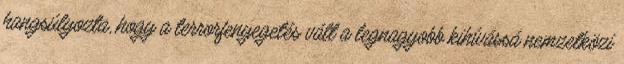
hangsúlyozta, hogy a terrorfenyegetés vált a legnagyobb kihívássá nemzetközi